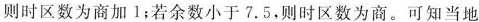
则时区数为商加1；若余数小于7.5，则时区数为商。可知当地